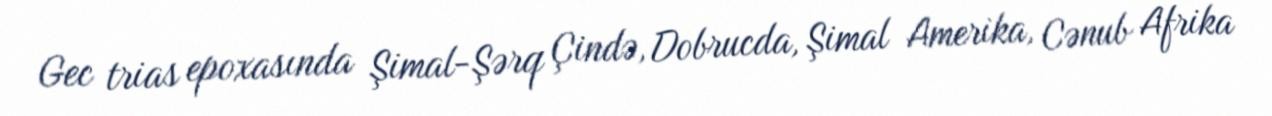
Gec trias epoxasında Şimal-Şərq Çində, Dobrucda, Şimal Amerika, Cənub Afrika